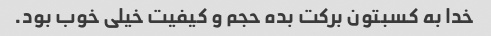
خدا به کسبتون بر‌کت بده حجم و کیفیت خیلی خوب بود.